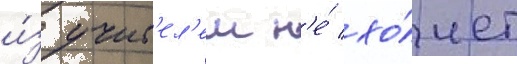
и́з учит'ел'еи н'е́ хо́чет